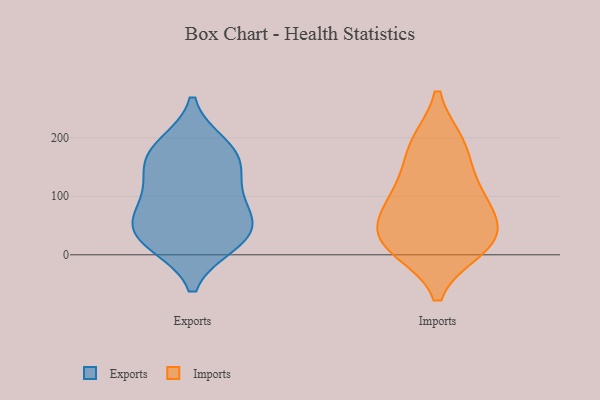
{"axis": {"x": "Net Income (USD K)", "y": "Value"}, "legend": ["Exports", "Imports"], "data": [{"x": "", "y": 78, "type": "Exports"}, {"x": "", "y": 20, "type": "Exports"}, {"x": "", "y": 59, "type": "Exports"}, {"x": "", "y": 117, "type": "Exports"}, {"x": "", "y": 169, "type": "Exports"}, {"x": "", "y": 173, "type": "Exports"}, {"x": "", "y": 32, "type": "Exports"}, {"x": "", "y": 22, "type": "Exports"}, {"x": "", "y": 137, "type": "Exports"}, {"x": "", "y": 186, "type": "Exports"}, {"x": "", "y": 60, "type": "Exports"}, {"x": "", "y": 89, "type": "Imports"}, {"x": "", "y": 27, "type": "Imports"}, {"x": "", "y": 18, "type": "Imports"}, {"x": "", "y": 12, "type": "Imports"}, {"x": "", "y": 29, "type": "Imports"}, {"x": "", "y": 59, "type": "Imports"}, {"x": "", "y": 189, "type": "Imports"}, {"x": "", "y": 96, "type": "Imports"}, {"x": "", "y": 130, "type": "Imports"}, {"x": "", "y": 189, "type": "Imports"}]}